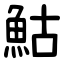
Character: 鮕